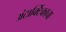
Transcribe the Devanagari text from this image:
अंटार्क्टिकाचा